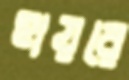
হায়রে